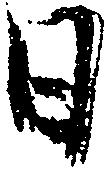
日